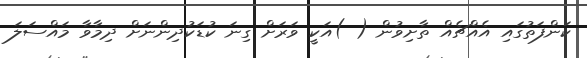
ކަންފަތުގައި އެއްޗެއް ތާށިވުން ( )އަކީ ވަރަށް ގިނަ ކުޑަކުދިންނަށް ދިމާވާ މައްސަލަ